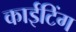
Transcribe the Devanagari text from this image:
काईटिंग